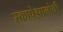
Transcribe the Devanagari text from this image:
स्कापेझानोची